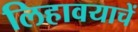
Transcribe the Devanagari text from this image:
लिहावयाचें